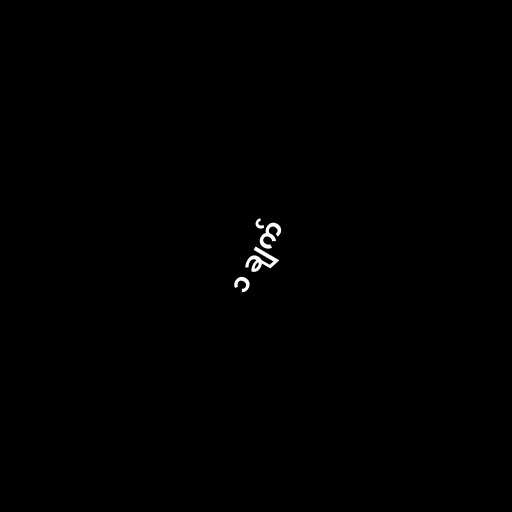
၁ ချက်